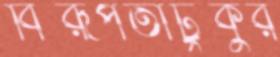
বিরূপতাটুকুর